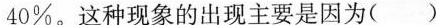
40%。这种现象的出现主要是因为( )